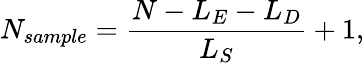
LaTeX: N_{sample}=\frac{N-L_{E}-L_{D}}{L_{S}}+1,